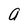
Character: a